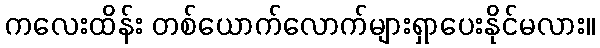
ကလေးထိန်း တစ်ယောက်လောက်များရှာပေးနိုင်မလား။